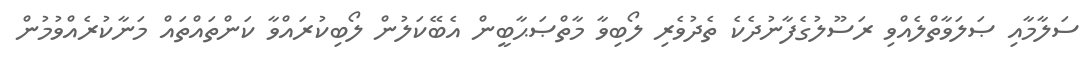
ސަލާމާއި ޞަލަވާތްލެއްވި ރަސޫލުގެފާނުދެކެ ތެދުވެރި ލޯބިވާ މާތްޞަޙާބީން އެބޭކަލުން ލޯބިކުރައްވާ ކަންތައްތައް މަނާކުރެއްވުމުން